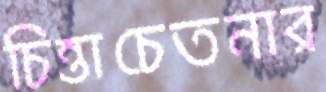
চিন্তাচেতনার